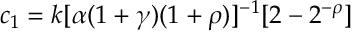
c _ { 1 } = k [ \alpha ( 1 + \gamma ) ( 1 + \rho ) ] ^ { - 1 } [ 2 - 2 ^ { - \rho } ]